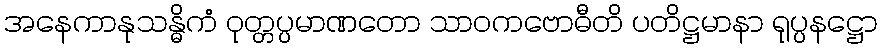
အနေကာနုသန္ဓိကံ ဝုတ္တပ္ပမာဏတော သာဝကဗောဓီတိ ပတိဋ္ဌမာနာ ရုပ္ပနဋ္ဌော